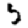
Digit: 5